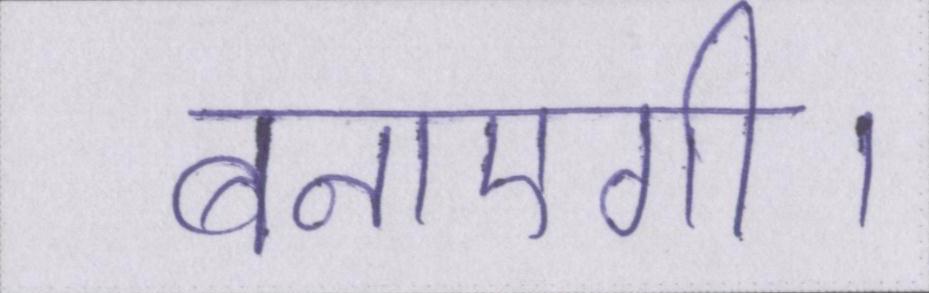
बनाएगी।